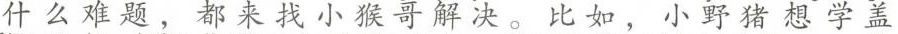
什么难题，都来找小猴哥解决。比如，小野猪想学盖